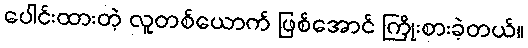
ပေါင်းထားတဲ့ လူတစ်ယောက် ဖြစ်အောင် ကြိုးစားခဲ့တယ်။